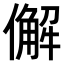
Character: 𠎿